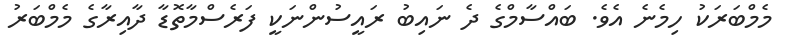
މެމްބަރަކު ހިމެނެ އެވެ. ބައްސާމްގެ ދެ ނައިބު ރައީސުންނަކީ ފަރެސްމާތޮޑާ ދާއިރާގެ މެމްބަރު